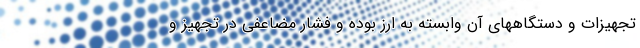
تجهیزات و دستگاههای آن وابسته به ارز بوده و فشار مضاعفی در تجهیز و